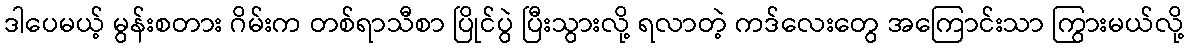
ဒါပေမယ့် မွန်းစတား ဂိမ်းက တစ်ရာသီစာ ပြိုင်ပွဲ ပြီးသွားလို့ ရလာတဲ့ ကဒ်လေးတွေ အကြောင်းသာ ကြွားမယ်လို့